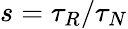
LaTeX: s=\tau_{R}/\tau_{N}